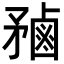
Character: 𪉝